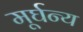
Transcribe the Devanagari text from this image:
मूर्घन्य